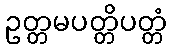
ဥတ္တမပတ္တိပတ္တံ